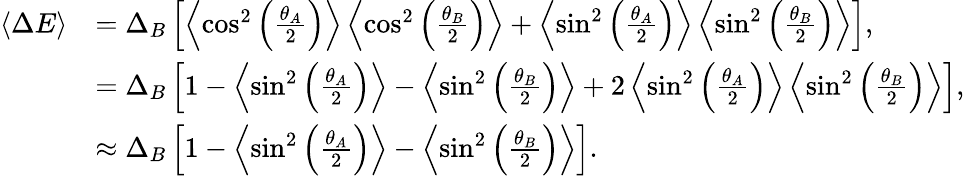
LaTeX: \begin{array}{rl}{\left\langle{\Delta E}\right\rangle}&{=\Delta_{B}\left[\left\langle{\cos^{2}\left(\frac{\theta_{A}}{2}\right)}\right\rangle\left\langle{\cos^{2}\left(\frac{\theta_{B}}{2}\right)}\right\rangle+\left\langle{\sin^{2}\left(\frac{\theta_{A}}{2}\right)}\right\rangle\left\langle{\sin^{2}\left(\frac{\theta_{B}}{2}\right)}\right\rangle\right],}\\ &{=\Delta_{B}\left[1-\left\langle{\sin^{2}\left(\frac{\theta_{A}}{2}\right)}\right\rangle-\left\langle{\sin^{2}\left(\frac{\theta_{B}}{2}\right)}\right\rangle+2\left\langle{\sin^{2}\left(\frac{\theta_{A}}{2}\right)}\right\rangle\left\langle{\sin^{2}\left(\frac{\theta_{B}}{2}\right)}\right\rangle\right],}\\ &{\approx\Delta_{B}\left[1-\left\langle{\sin^{2}\left(\frac{\theta_{A}}{2}\right)}\right\rangle-\left\langle{\sin^{2}\left(\frac{\theta_{B}}{2}\right)}\right\rangle\right].}\end{array}